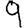
Digit: 9